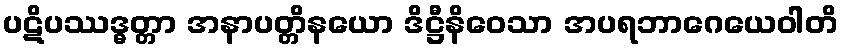
ပဋိပဿဒ္ဓတ္တာ အနာပတ္တိနယော ဒိဋ္ဌီနိဝေသာ အပရဘာဂေယေဝါတိ